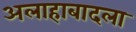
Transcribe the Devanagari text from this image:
अलाहाबादला